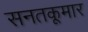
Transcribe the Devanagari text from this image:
सनतकूमार